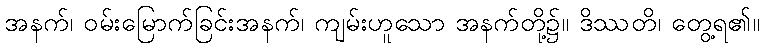
အနက်၊ ဝမ်းမြောက်ခြင်းအနက်၊ ကျမ်းဟူသော အနက်တို့၌။ ဒိဿတိ၊ တွေ့ရ၏။